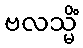
ဗလသ္မိံ